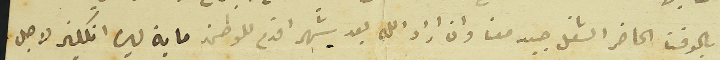
بالوقت الحاضر الشغل جيد معنا وان اراد الله بعد شهر اقدم للوطن ماية ليره انكليز لاجل